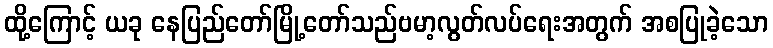
ထို့ကြောင့် ယခု နေပြည်တော်မြို့တော်သည်ဗမာ့လွတ်လပ်ရေးအတွက် အစပြုခဲ့သော